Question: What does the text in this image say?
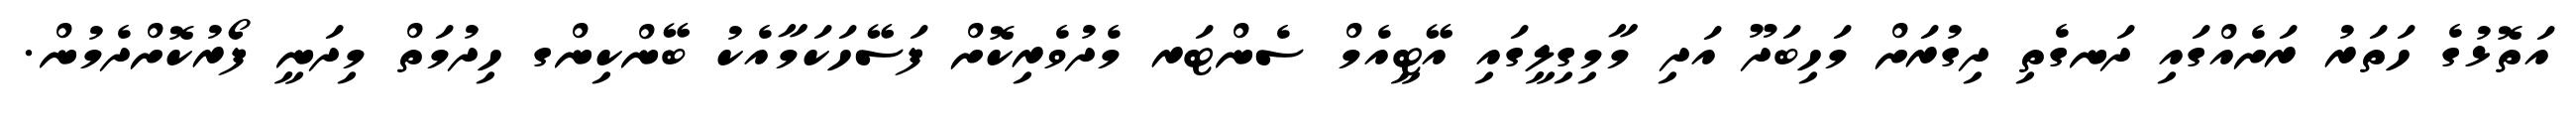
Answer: އަތޮޅުގެ ހަތަރު ރަށެއްގައި ދަނގެތި ދިގުރަށް މަހިބަދޫ އަދި މާމިގިލީގައި އޭޓީއެމް ސެންޓަރ މެދުވެރިކޮށް ފަސޭހަކަމާއެކު ބޭންކިންގ ހިދުމަތް މިދަނީ ފޯރުކޮށްދެމުން.